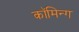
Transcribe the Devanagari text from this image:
कॉमिन्ग